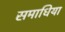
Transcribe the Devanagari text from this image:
समाधिया